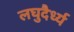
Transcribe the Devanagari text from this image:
लघुदैर्ध्य